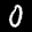
Label: 0